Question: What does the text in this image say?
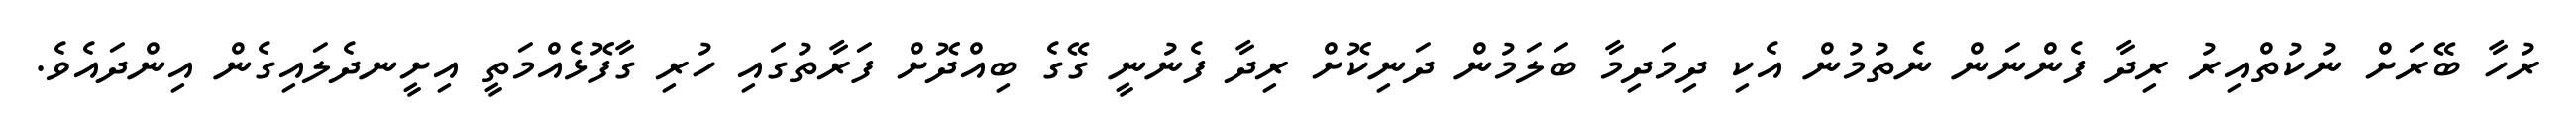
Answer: ރުހާ ބޭރަށް ނުކުތްއިރު ރިދާ ފެންނަން ނެތުމުން އެކި ދިމަދިމާ ބަލަމުން ދަނިކޮށް ރިދާ ފެނުނީ ގޭގެ ބިއްދޮށް ފަރާތުގައި ހުރި ގާފޮޅެއްމަތީ އިށީނދެލައިގެން އިންދައެވެ.